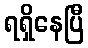
ရရှိနေပြီ